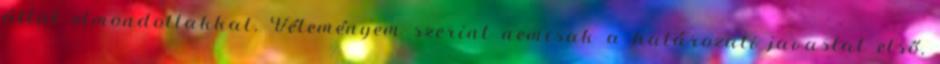
által elmondottakkal. Véleményem szerint nemcsak a határozati javaslat első,